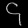
Digit: ၄